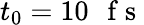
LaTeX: t_{0}=10\mathrm{~\, ~f~s~}